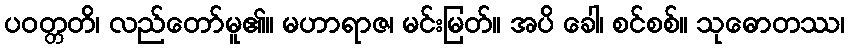
ပဝတ္တတိ၊ လည်တော်မူ၏။ မဟာရာဇ၊ မင်းမြတ်။ အပိ ခေါ၊ စင်စစ်။ သုဓောတဿ၊